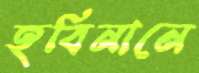
হবিনানে